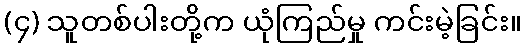
(၄) သူတစ်ပါးတို့က ယုံကြည်မှု ကင်းမဲ့ခြင်း။